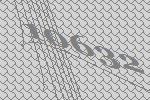
10632